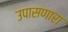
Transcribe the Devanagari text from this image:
उपासणारा